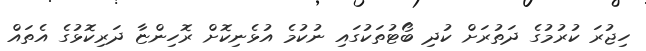
ހިޖުރަ ކުރުމުގެ ދަތުރަށް ކުދި ބޯޓުތަކުގައި ނުކުމެ އުޅެނިކޮށް ރޮހިންޏާ ދަރިކޮޅުގެ އެތައް